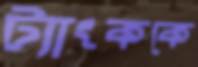
ট্যাংককে